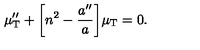
\mu _ { \mathrm { T } } ^ { \prime \prime } + \biggl [ n ^ { 2 } - \frac { a ^ { \prime \prime } } { a } \biggr ] \mu _ { \mathrm { T } } = 0 .